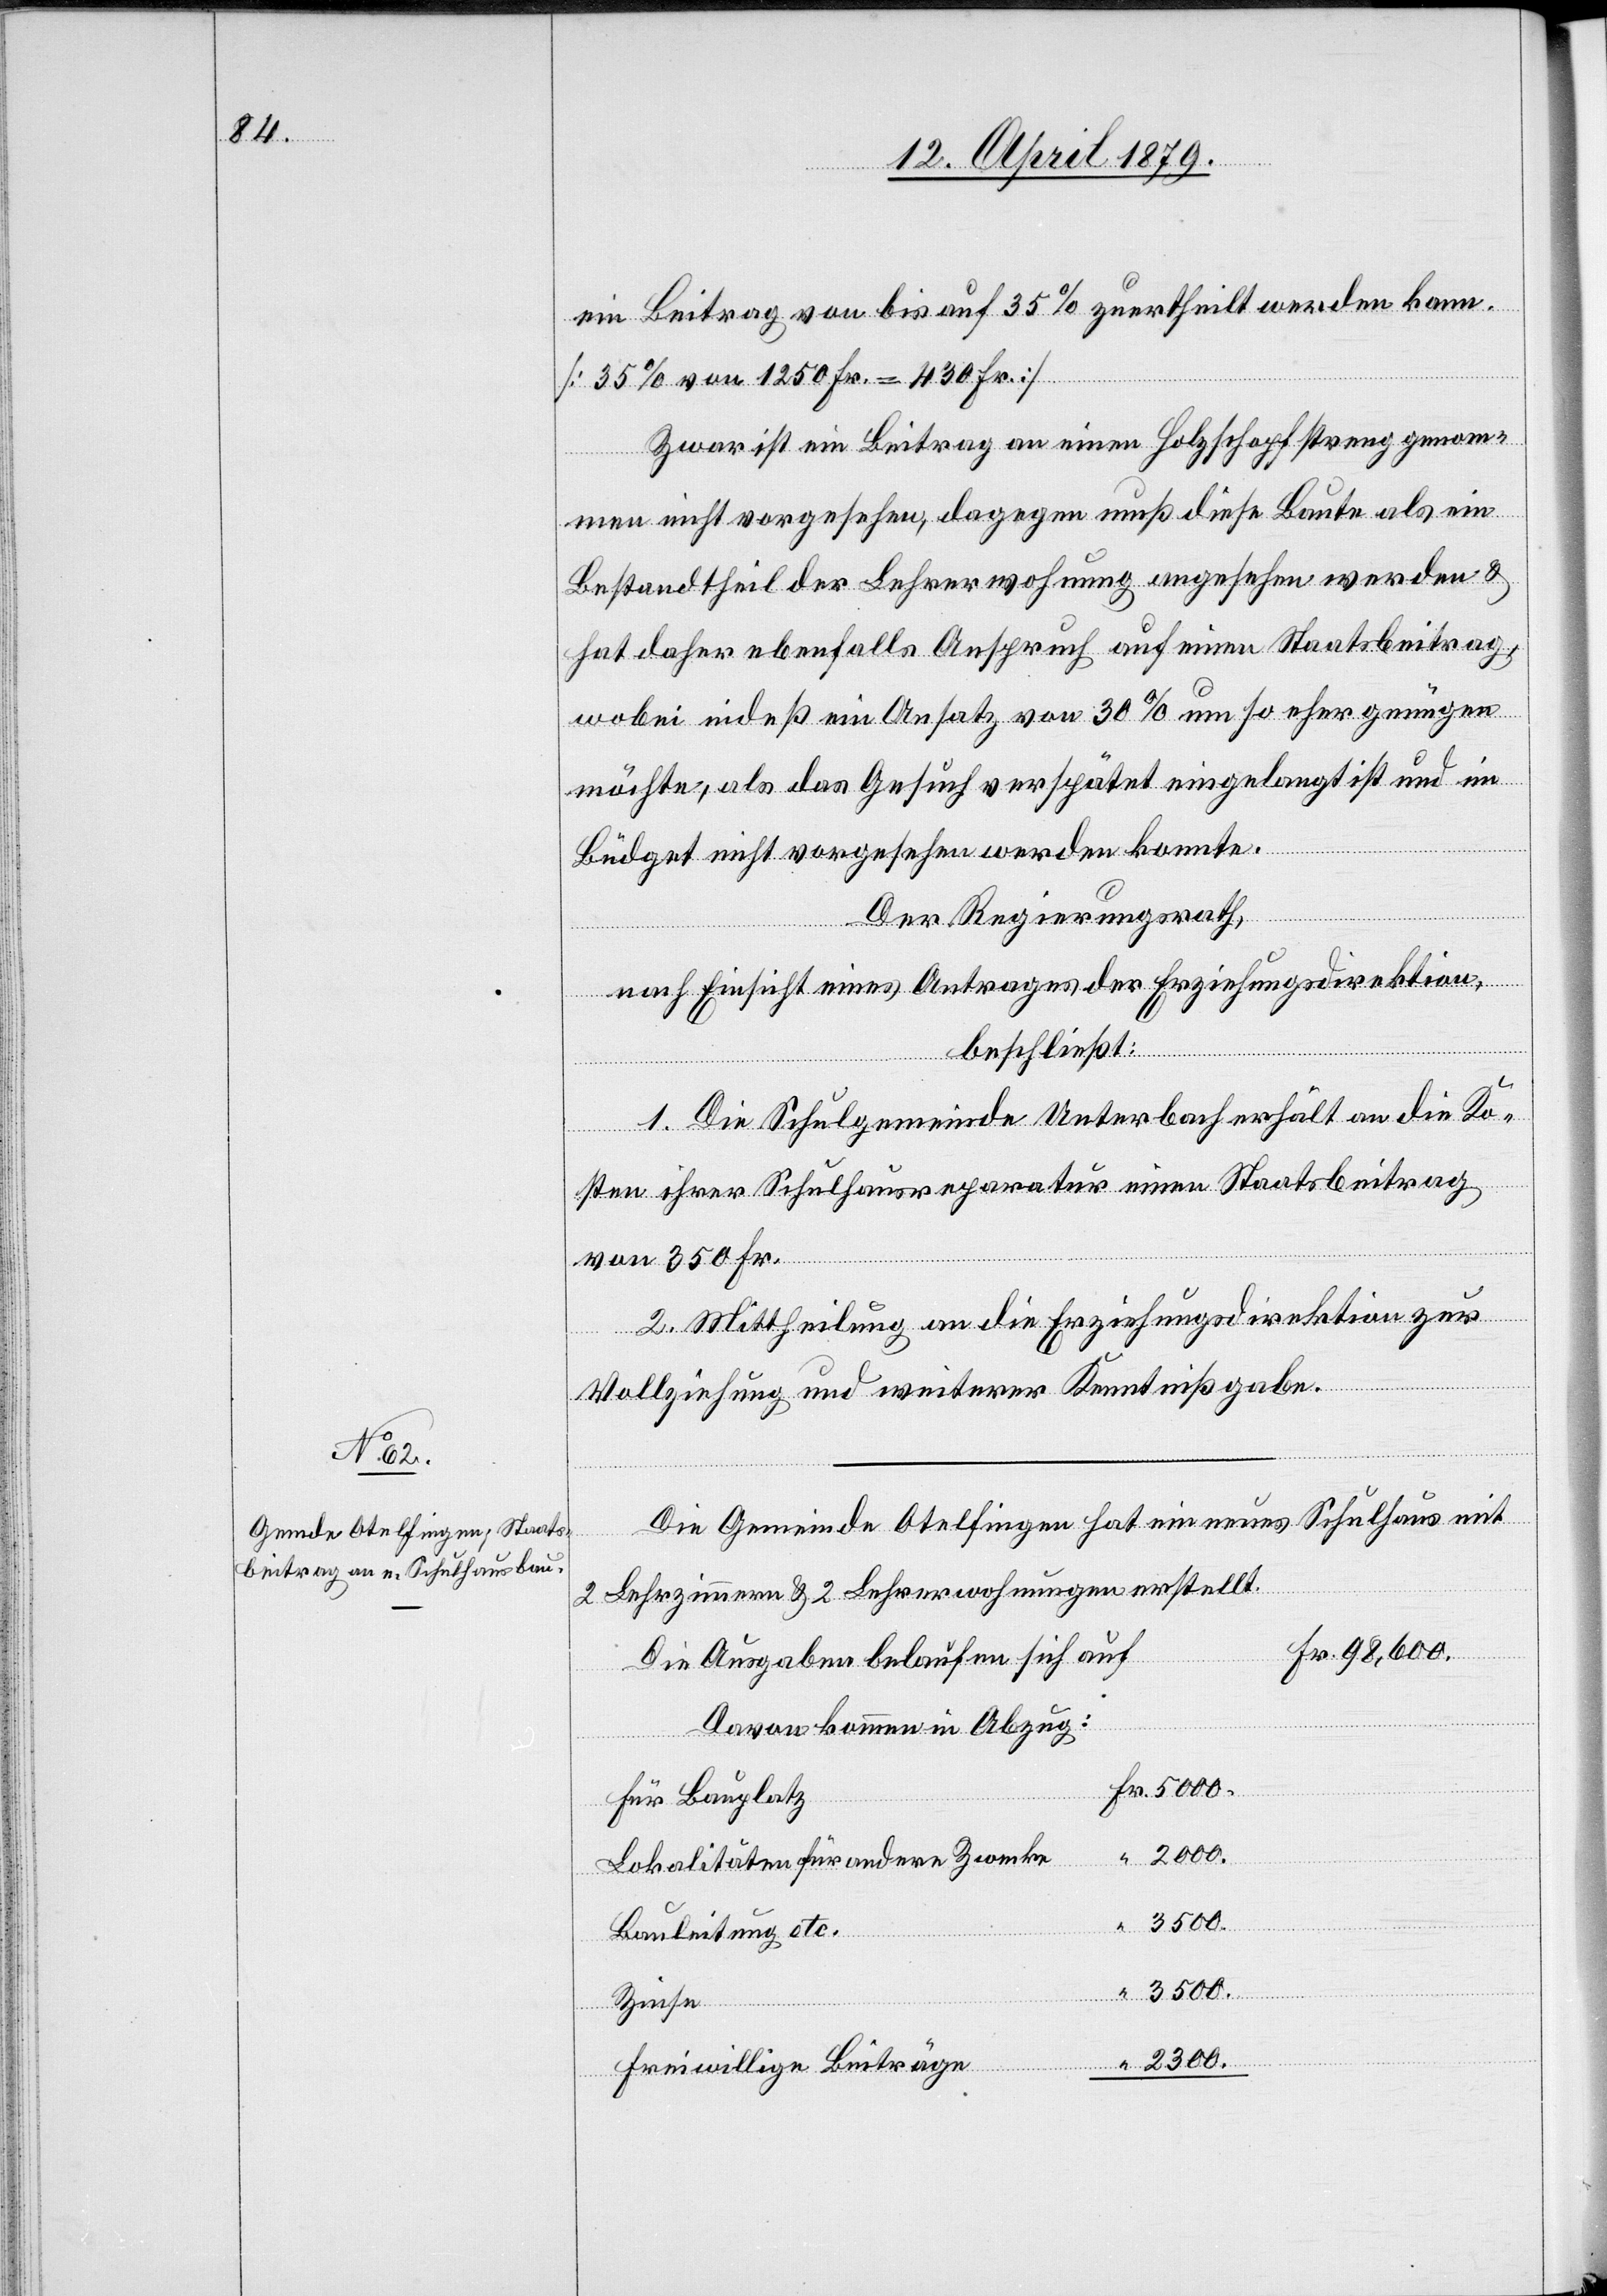
ein Beitrag von bis auf 35% zuertheilt werden kann.
[35% von 1250 Fr. = 430 Fr.]
Zwar ist ein Beitrag an einen Holzschopf streng genom¬
men nicht vorgesehen, dagegen muß diese Baute als ein
Bestandtheil der Lehrerwohnung angesehen werden &
hat daher ebenfalls Anspruch auf einen Staatsbeitrag,
wobei indeß ein Ansatz von 30% um so eher genügen
möchte, als das Gesuch verspätet eingelangt ist und im
Büdget nicht vorgesehen werden konnte.
Der Regierungsrath,
nach Einsicht eines Antrages der Erziehungsdirektion,
beschließt:
1. Die Schulgemeinde Unterbach erhält an die Ko¬
sten ihrer Schulhausreparatur einen Staatsbeitrag
von 350 Fr.
2. Mittheilung an die Erziehungsdirektion zur
2300.
Vollziehung und weiterer Kenntnißgabe.
Die Gemeinde Otelfingen hat ein neues Schulhaus mit
Zinse
2 Lehrzimmern & 2 Lehrerwohnungen erstellt.
Die Ausgaben belaufen sich auf
Davon kommen in Abzug:
Für Bauplatz
Lokalitäten für andere Zwecke
3500.
Fr.
Bauleitung etc.
Freiwillige Beiträge